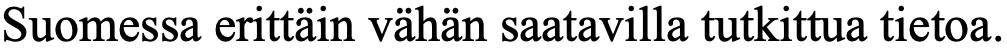
Suomessa erittäin vähän saatavilla tutkittua tietoa.